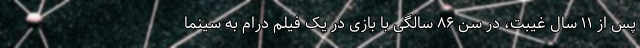
پس از ۱۱ سال غیبت، در سن ۸۶ سالگی با بازی در یک فیلم درام به سینما